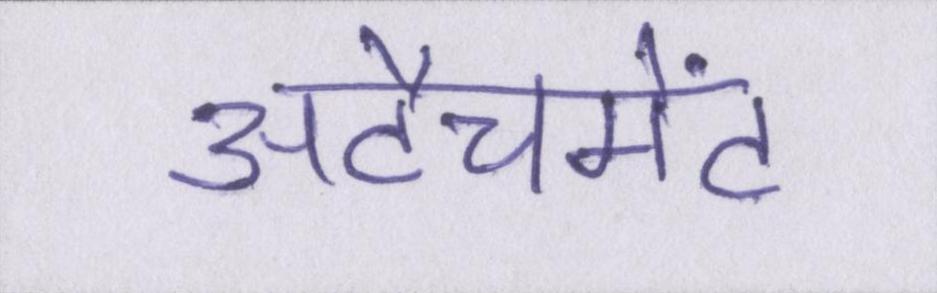
अटैचमेंट